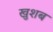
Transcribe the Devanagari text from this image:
खुशब